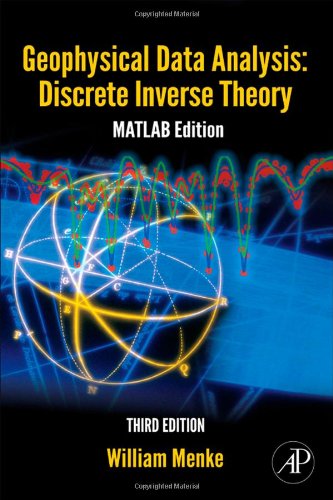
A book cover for Geophysical Data Analysis: Discrete Inverse Theory, Volume 45, Third Edition: MATLAB Edition (International Geophysics); William Menke; Science & Math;